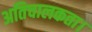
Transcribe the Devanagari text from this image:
अतिचालकता।